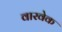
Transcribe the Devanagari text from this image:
वारवेक